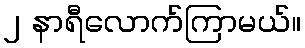
၂ နာရီလောက်ကြာမယ်။